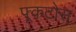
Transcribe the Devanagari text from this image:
फ्र्कटोस